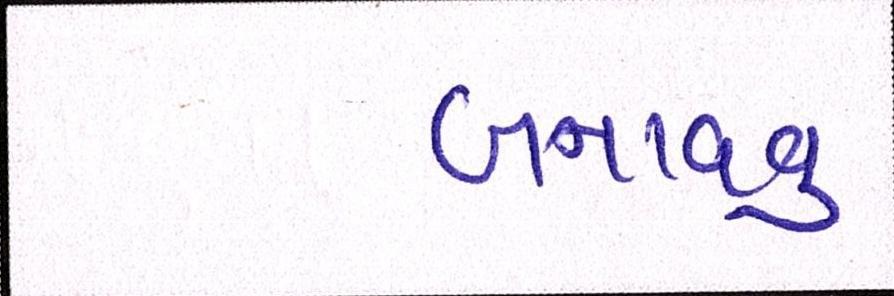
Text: બનાવવુઃ